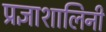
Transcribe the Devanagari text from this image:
प्रज्ञाशालिनी